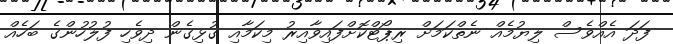
ފަދަ އެއްވެސް ލިޔުމެއް ނެތްކަމަށް ރިޕޯޓްކޮށްފައިވާއިރު މިކަމާއި ގުޅިގެން ދިވެހި ފުލުހުންގެ ބަހެއް